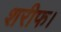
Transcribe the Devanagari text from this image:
शरीफ।